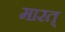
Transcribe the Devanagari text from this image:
मारत्